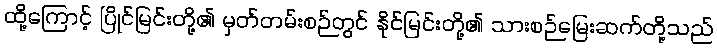
ထို့ကြောင့် ပြိုင်မြင်းတို့၏ မှတ်တမ်းစဉ်တွင် နိုင်မြင်းတို့၏ သားစဉ်မြေးဆက်တို့သည်